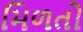
મિળતો